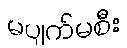
မပျက်မစီး